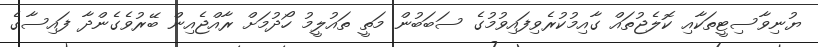
ޔުނިވާސިޓީތަކާއި ކޮލެޖުތައް ގާއިމުކުރެވިފައިވުމުގެ ސަބަބުން މަތީ ތައުލީމު ހޯދުމަށް ރާއްޖެއިން ބޭރުވެގެންދާ ފައިސާގެ